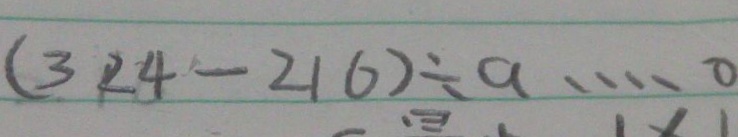
( 3 2 4 - 2 1 6 ) \div a \cdots 0